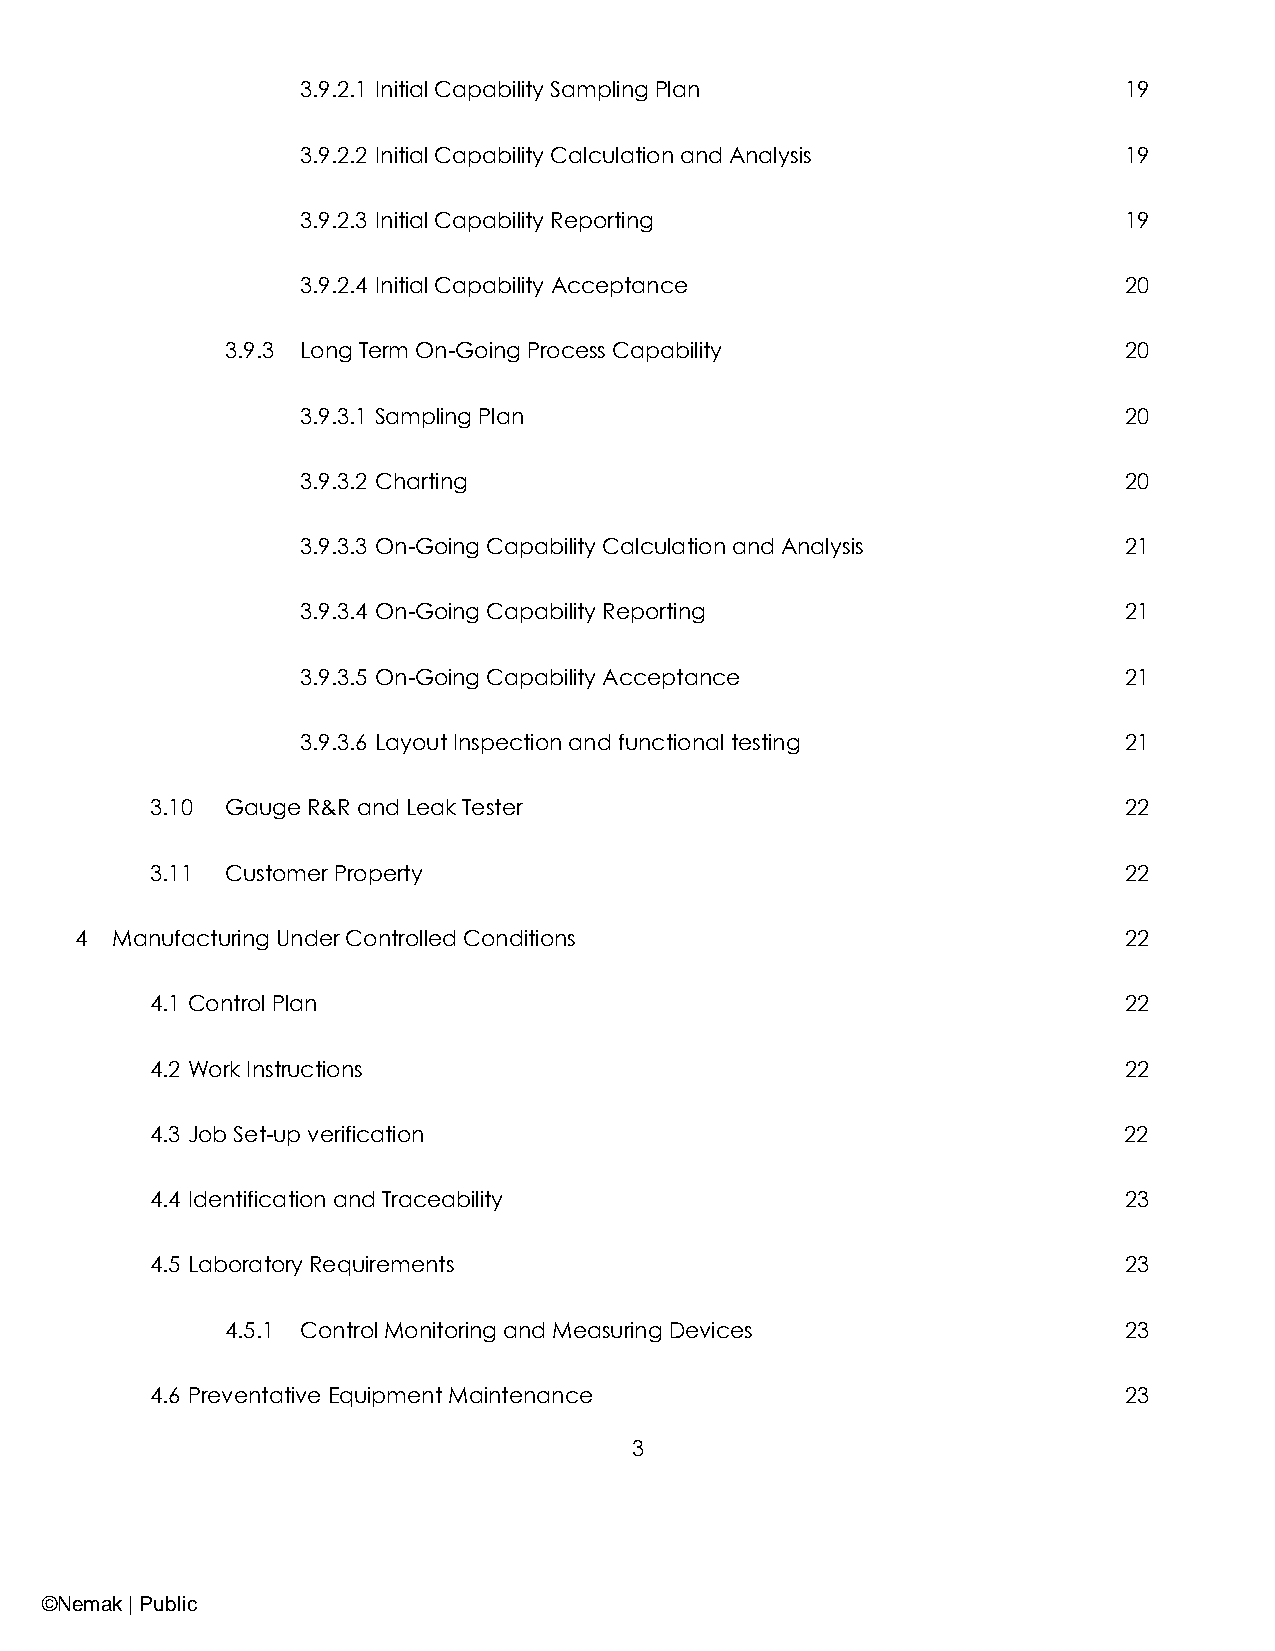
3.9.2.1 Initial Capability Sampling Plan              19
 3.9.2.2 Initial Capability Calculation and Analysis   19
 3.9.2.3 Initial Capability Reporting                  19
 3.9.2.4 Initial Capability Acceptance                 20
 3.9.3 Long Term On-Going Process Capability                20
 3.9.3.1 Sampling Plan                                 20
 3.9.3.2 Charting                                      20
 3.9.3.3 On-Going Capability Calculation and Analysis  21
 3.9.3.4 On-Going Capability Reporting                 21
 3.9.3.5 On-Going Capability Acceptance                21
 3.9.3.6 Layout Inspection and functional testing      21
 3.10 Gauge R&R and Leak Tester                                  22
 3.11 Customer Property                                          22
 4 Manufacturing Under Controlled Conditions                          22
 4.1 Control Plan                                                22
 4.2 Work Instructions                                           22
 4.3 Job Set-up verification                                     22
 4.4 Identification and Traceability                             23
 4.5 Laboratory Requirements                                     23
 4.5.1 Control Monitoring and Measuring Devices             23
 4.6 Preventative Equipment Maintenance                          23
 3
 ©Nemak | Public